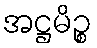
အဋ္ဌမိဉ္စ